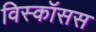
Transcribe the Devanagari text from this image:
विस्कॉसस